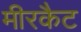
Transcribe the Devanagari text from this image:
मीरकैट